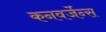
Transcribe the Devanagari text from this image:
कनवर्जेन्स